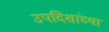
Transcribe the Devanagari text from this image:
उपदिशांच्या